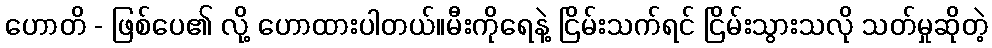
ဟောတိ - ဖြစ်ပေ၏ လို့ ဟောထားပါတယ်။မီးကိုရေနဲ့ ငြိမ်းသက်ရင် ငြိမ်းသွားသလို သတ်မှုဆိုတဲ့